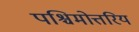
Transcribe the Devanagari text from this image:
पश्चिमोत्तरिय